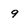
Character: 9